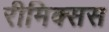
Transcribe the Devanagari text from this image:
रीमिक्सस